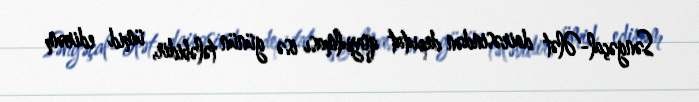
Səngəçal-Ələt dairəsindən deputat qoyulması isə günün tələbidir, ümid edirəm